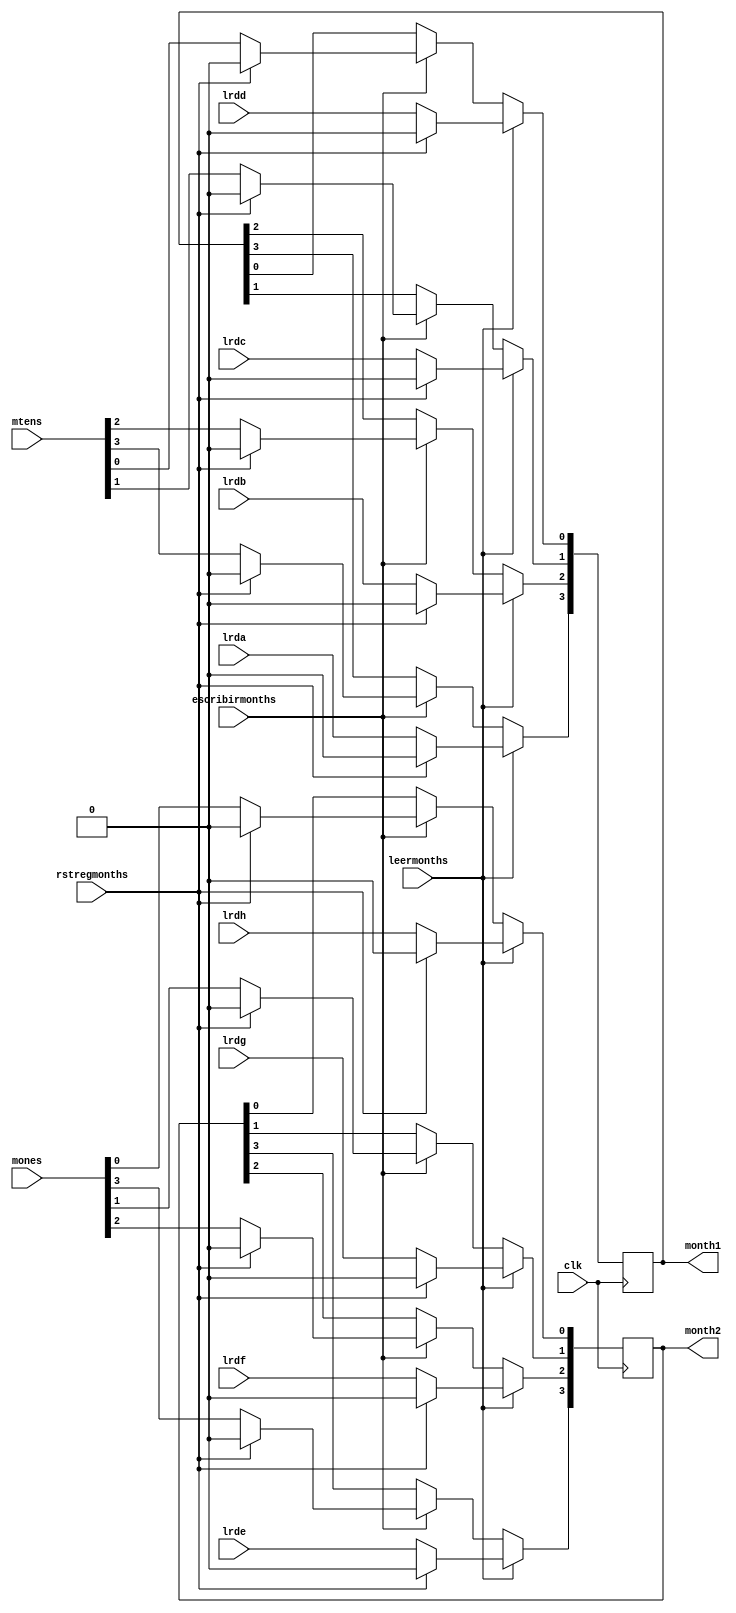
`timescale 1ns / 10ps

module regmonths(
		input wire rstregmonths,
		input wire clk,
		input wire leermonths, escribirmonths,
		input wire lrda, lrdb, lrdc, lrdd, lrde, lrdf, lrdg, lrdh,
		input wire [3:0] mtens,
		input wire [3:0] mones,
		output reg [3:0] month1,
		output reg [3:0] month2
    );
	 
always @(posedge clk) begin
	if (leermonths) begin
		if (rstregmonths) begin
			month1 <= 0;
			month2 <= 0;
		end
		else begin
			month1[3] <= lrda;
			month1[2] <= lrdb;
			month1[1] <= lrdc;
			month1[0] <= lrdd;
			month2[3] <= lrde;
			month2[2] <= lrdf;
			month2[1] <= lrdg;
			month2[0] <= lrdh;
		end
	end
	else if (escribirmonths) begin
		if (rstregmonths) begin
			month1 <= 0;
			month2 <= 0;
		end
		else begin
			month1 <= mtens;
			month2 <= mones;
		end
	end
end


endmodule